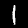
Digit: 1